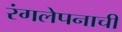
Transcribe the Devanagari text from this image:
रंगलेपनाची